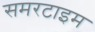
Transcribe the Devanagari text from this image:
समरटाइम